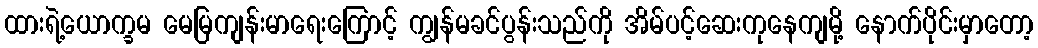
ထားရဲ့ယောက္ခမ မေမြကျန်းမာရေးကြောင့် ကျွန်မခင်ပွန်းသည်ကို အိမ်ပင့်ဆေးကုနေကျမို့ နောက်ပိုင်းမှာတော့